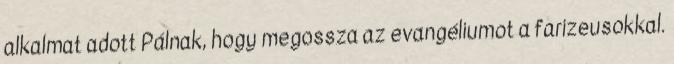
alkalmat adott Pálnak, hogy megossza az evangéliumot a farizeusokkal.